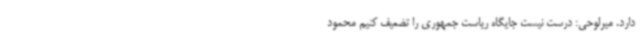
دارد. میرلوحی: درست نیست جایگاه ریاست جمهوری را تضعیف کنیم محمود